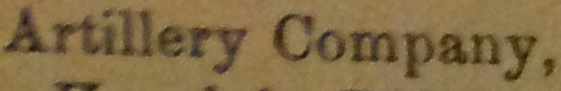
Artillery Company.